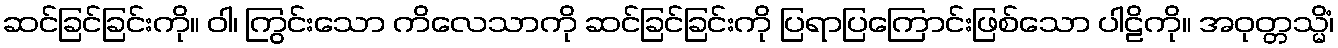
ဆင်ခြင်ခြင်းကို။ ဝါ၊ ကြွင်းသော ကိလေသာကို ဆင်ခြင်ခြင်းကို ပြရာပြကြောင်းဖြစ်သော ပါဠိကို။ အဝုတ္တသ္မိံ၊